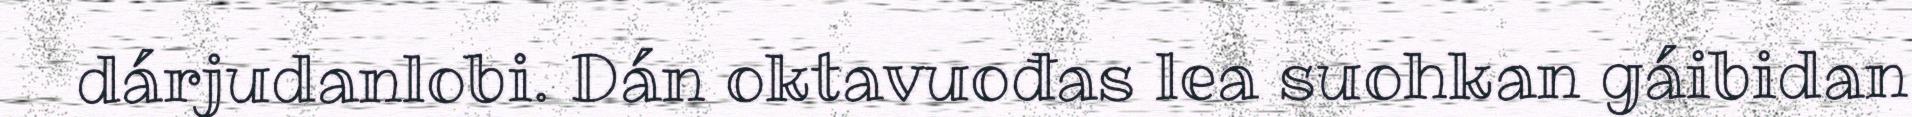
dárjudanlobi. Dán oktavuođas lea suohkan gáibidan